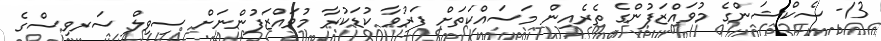
13- ސެކްޝަންގެ މުވައްޒަފުންގެ ތެރެއިން މަސައްކަތަށް ފަރުވާ ކުޑަކުރާ މުވައްޒަފުންނަށް ސިވިލް ސަރވިސްގެ